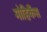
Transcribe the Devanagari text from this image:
मोहिकैंस